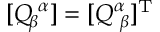
[ Q _ { \! \beta } ^ { \, \, \alpha } ] = [ Q _ { \, \, \beta } ^ { \alpha } ] ^ { \mathrm { T } }